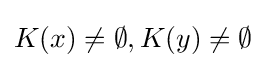
{\textstyle K(x)\not =\emptyset ,K(y)\not =\emptyset }